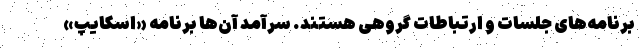
برنامه‌های جلسات و ارتباطات گروهی هستند. سرآمد آن‌ها برنامه «اسکایپ»